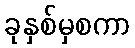
ခုနှစ်မှစကာ